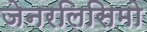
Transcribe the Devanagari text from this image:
जेनरलिसिमो